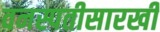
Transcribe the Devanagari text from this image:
वनस्पतीसारखी